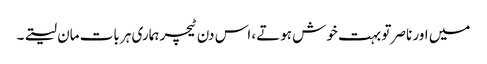
میں اور ناصر تو بہت خوش ہوتے، اس دن ٹیچر ہماری ہر بات مان لیتے۔